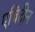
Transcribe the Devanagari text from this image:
एबिदीन